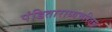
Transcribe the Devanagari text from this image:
पंडिताराध्यचरितम्